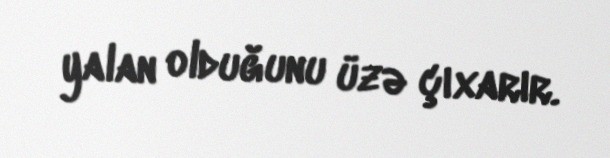
yalan olduğunu üzə çıxarır.